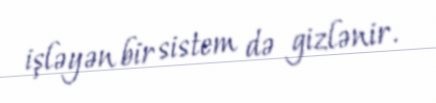
işləyən bir sistem də gizlənir.